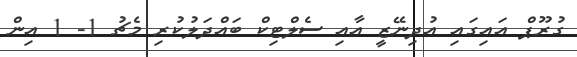
ގުރޫޕް އައިގައި އުދިނޭޒީ އާއި ސެލްޓިކް ބައްދަލުކުރި މެޗު 1- 1 އިން